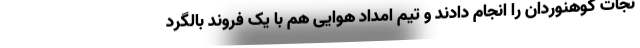
نجات کوهنوردان را انجام دادند و تیم امداد هوایی هم با یک فروند بالگرد